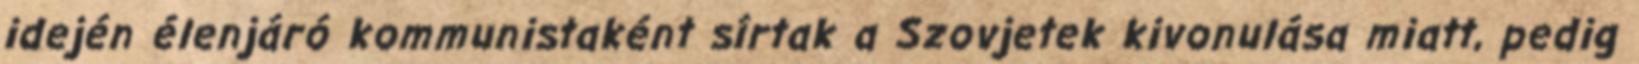
idején élenjáró kommunistaként sírtak a Szovjetek kivonulása miatt, pedig